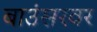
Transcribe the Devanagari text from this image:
बाउंसरवर